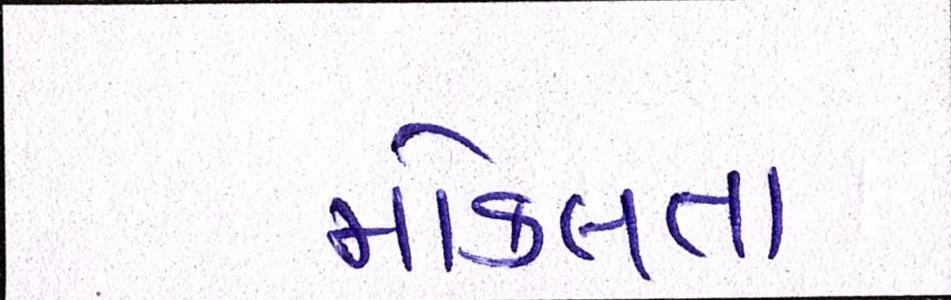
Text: મોકલતા